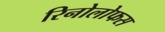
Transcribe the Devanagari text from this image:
रिनोलोफस